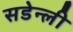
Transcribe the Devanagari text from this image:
सडेन्ली